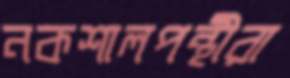
নকশালপন্থীরা